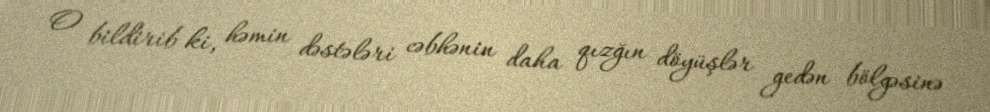
O bildirib ki, həmin dəstələri cəbhənin daha qızğın döyüşlər gedən bölgəsinə